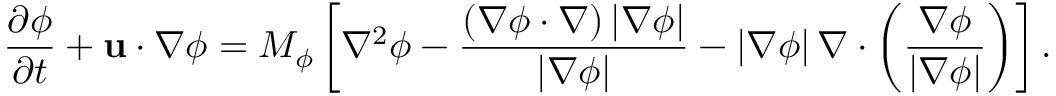
\frac { { \partial \phi } } { { \partial t } } + { \bf { u } } \cdot \nabla \phi = { M _ { \phi } } \left[ { { \nabla ^ { 2 } } \phi - \frac { { \left( { \nabla \phi \cdot \nabla } \right) \left| { \nabla \phi } \right| } } { { \left| { \nabla \phi } \right| } } - \left| { \nabla \phi } \right| \nabla \cdot \left( { \frac { { \nabla \phi } } { { \left| { \nabla \phi } \right| } } } \right) } \right] .